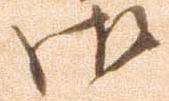
御